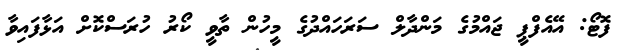
ފޮޓޯ: އޭއެފްޕީ ޖައްމުގެ މަންދާލް ސަރަހައްދުގެ މީހުން ތާވީ ކޯރު ހުރަސްކޮށް އަޅާފައިވާ